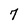
Character: 7